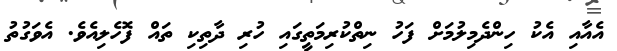
އެއާއި އެކު ހިންދެމިލުމަށް ފަހު ނިތްކުރިމަތީގައި ހުރި ދާތިކި ތައް ފޮހެލިއެވެ. އެވަގުތު